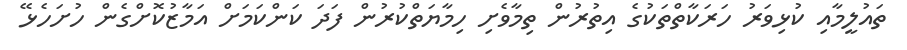
ތައުލީމާއި ކުޅިވަރު ހަރަކާތްތަކުގެ އިތުރުން ތިމާވެށި ހިމާޔަތްކުރުން ފަދަ ކަންކަމަށް އަމާޒުކޮށްގެން ހުށަހެޅޭ